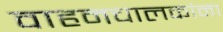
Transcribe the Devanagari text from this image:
वाहनचालकांना